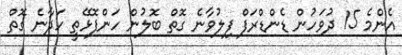
އެންމެ 15 ދުވަހުން ޑެންޑްރަފް ފިލުވާނެ ގޮތް ބޮލުން ހަންފޮޅޭތީ ހަދާނެ ގޮތް